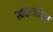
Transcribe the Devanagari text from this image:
स्वकमाईतून